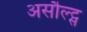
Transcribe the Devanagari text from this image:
असौल्ट्स